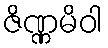
ဇိဏ္ဏမိဝါ